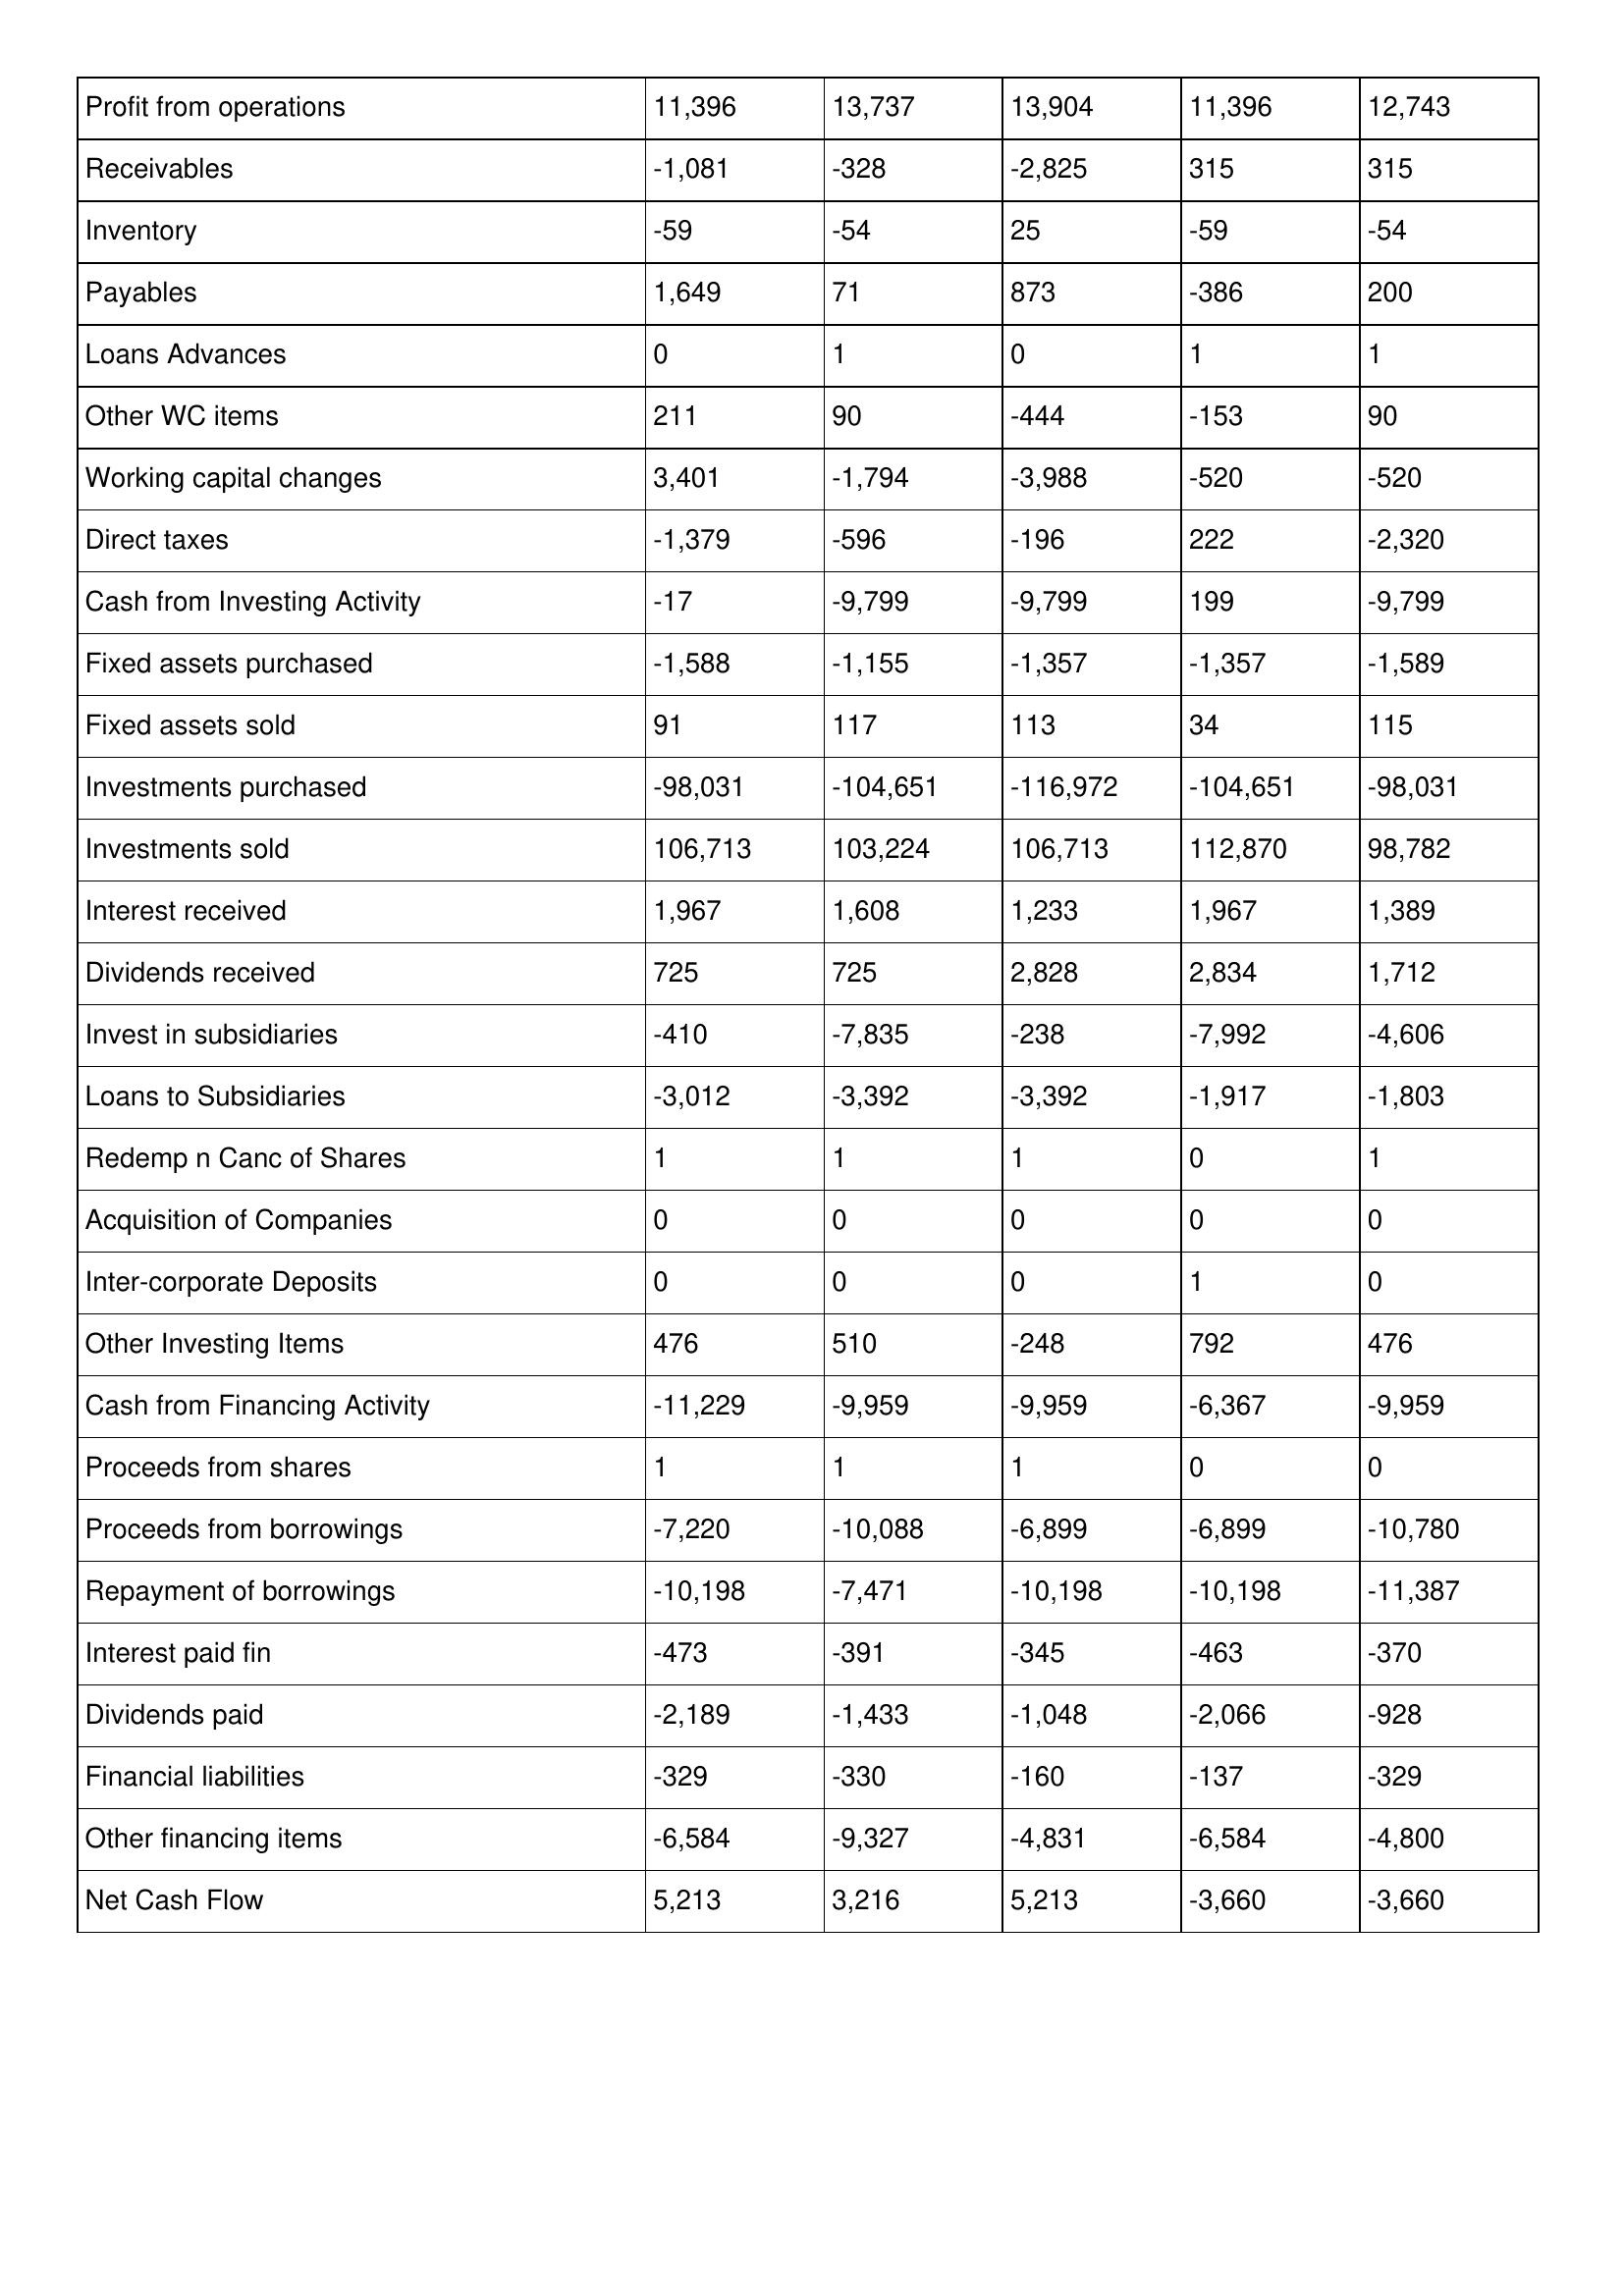
gt_parse: 2012: Cash Flows: Profit from operations: 11,396
Receivables: -1,081
Inventory: -59
Payables: 1,649
Loans Advances: 0
Other WC items: 211
Working capital changes: 3,401
Direct taxes: -1,379
Cash from Investing Activity: -17
Fixed assets purchased: -1,588
Fixed assets sold: 91
Investments purchased: -98,031
Investments sold: 106,713
Interest received: 1,967
Dividends received: 725
Invest in subsidiaries: -410
Loans to Subsidiaries: -3,012
Redemp n Canc of Shares: 1
Acquisition of Companies: 0
Inter-corporate Deposits: 0
Other Investing Items: 476
Cash from Financing Activity: -11,229
Proceeds from shares: 1
Proceeds from borrowings: -7,220
Repayment of borrowings: -10,198
Interest paid fin: -473
Dividends paid: -2,189
Financial liabilities: -329
Other financing items: -6,584
Net Cash Flow: 5,213
2011: Cash Flows: Profit from operations: 13,737
Receivables: -328
Inventory: -54
Payables: 71
Loans Advances: 1
Other WC items: 90
Working capital changes: -1,794
Direct taxes: -596
Cash from Investing Activity: -9,799
Fixed assets purchased: -1,155
Fixed assets sold: 117
Investments purchased: -104,651
Investments sold: 103,224
Interest received: 1,608
Dividends received: 725
Invest in subsidiaries: -7,835
Loans to Subsidiaries: -3,392
Redemp n Canc of Shares: 1
Acquisition of Companies: 0
Inter-corporate Deposits: 0
Other Investing Items: 510
Cash from Financing Activity: -9,959
Proceeds from shares: 1
Proceeds from borrowings: -10,088
Repayment of borrowings: -7,471
Interest paid fin: -391
Dividends paid: -1,433
Financial liabilities: -330
Other financing items: -9,327
Net Cash Flow: 3,216
2010: Cash Flows: Profit from operations: 13,904
Receivables: -2,825
Inventory: 25
Payables: 873
Loans Advances: 0
Other WC items: -444
Working capital changes: -3,988
Direct taxes: -196
Cash from Investing Activity: -9,799
Fixed assets purchased: -1,357
Fixed assets sold: 113
Investments purchased: -116,972
Investments sold: 106,713
Interest received: 1,233
Dividends received: 2,828
Invest in subsidiaries: -238
Loans to Subsidiaries: -3,392
Redemp n Canc of Shares: 1
Acquisition of Companies: 0
Inter-corporate Deposits: 0
Other Investing Items: -248
Cash from Financing Activity: -9,959
Proceeds from shares: 1
Proceeds from borrowings: -6,899
Repayment of borrowings: -10,198
Interest paid fin: -345
Dividends paid: -1,048
Financial liabilities: -160
Other financing items: -4,831
Net Cash Flow: 5,213
2009: Cash Flows: Profit from operations: 11,396
Receivables: 315
Inventory: -59
Payables: -386
Loans Advances: 1
Other WC items: -153
Working capital changes: -520
Direct taxes: 222
Cash from Investing Activity: 199
Fixed assets purchased: -1,357
Fixed assets sold: 34
Investments purchased: -104,651
Investments sold: 112,870
Interest received: 1,967
Dividends received: 2,834
Invest in subsidiaries: -7,992
Loans to Subsidiaries: -1,917
Redemp n Canc of Shares: 0
Acquisition of Companies: 0
Inter-corporate Deposits: 1
Other Investing Items: 792
Cash from Financing Activity: -6,367
Proceeds from shares: 0
Proceeds from borrowings: -6,899
Repayment of borrowings: -10,198
Interest paid fin: -463
Dividends paid: -2,066
Financial liabilities: -137
Other financing items: -6,584
Net Cash Flow: -3,660
2008: Cash Flows: Profit from operations: 12,743
Receivables: 315
Inventory: -54
Payables: 200
Loans Advances: 1
Other WC items: 90
Working capital changes: -520
Direct taxes: -2,320
Cash from Investing Activity: -9,799
Fixed assets purchased: -1,589
Fixed assets sold: 115
Investments purchased: -98,031
Investments sold: 98,782
Interest received: 1,389
Dividends received: 1,712
Invest in subsidiaries: -4,606
Loans to Subsidiaries: -1,803
Redemp n Canc of Shares: 1
Acquisition of Companies: 0
Inter-corporate Deposits: 0
Other Investing Items: 476
Cash from Financing Activity: -9,959
Proceeds from shares: 0
Proceeds from borrowings: -10,780
Repayment of borrowings: -11,387
Interest paid fin: -370
Dividends paid: -928
Financial liabilities: -329
Other financing items: -4,800
Net Cash Flow: -3,660